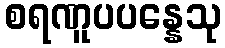
စရဏူပပန္နေသု